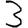
Digit: 3